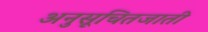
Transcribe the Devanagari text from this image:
अनुसूचितजाती